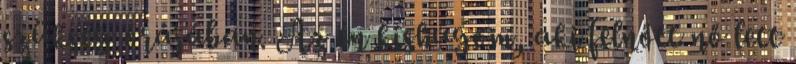
szükség órájában. Az én kishúgom, aki felnőtt nő lett